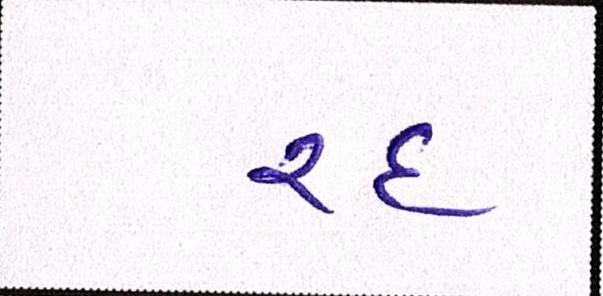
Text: રદ